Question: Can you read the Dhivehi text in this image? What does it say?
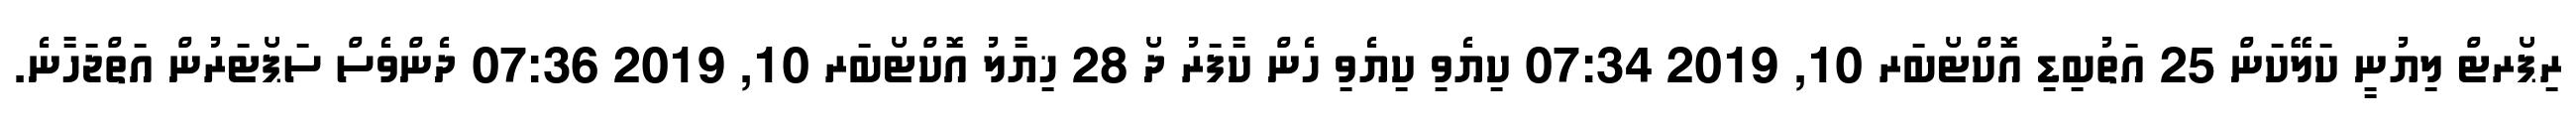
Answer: ރިޕޯރޓް ލިޔުނީ ކަލޭކަން 25 އަތުބިޑި އޮކްޓޯބަރ 10, 2019 07:34 ކިޔެވި ކިޔެވި ހެން ކާފަރު ދޯ 28 ޚިޔާލު އޮކްޓޯބަރ 10, 2019 07:36 ދެންވެސް ސަޕޯޓަރުން އަތްޖަހާނެ.